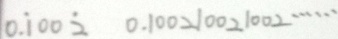
0 . \dot { 1 } 0 0 \dot { 2 } 0 . 1 0 0 2 1 0 0 2 1 0 0 2 \cdots